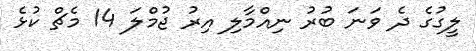
ލީގުގެ ދެ ވަނަ ބުރު ނިއްމާލި އިރު ޖުމްލަ 14 މެޗް ކުޅެ